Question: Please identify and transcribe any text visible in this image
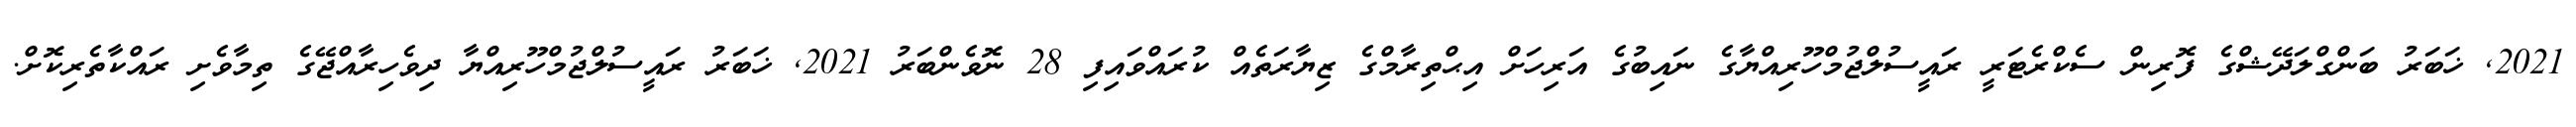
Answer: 2021, ޚަބަރު ބަންގްލަދޭޝްގެ ފޮރިން ސެކްރެޓަރީ ރައީސުލްޖުމްހޫރިއްޔާގެ ނައިބުގެ އަރިހަށް އިޙްތިރާމްގެ ޒިޔާރަތެއް ކުރައްވައިފި 28 ނޮވެންބަރު 2021, ޚަބަރު ރައީސުލްޖުމްހޫރިއްޔާ ދިވެހިރާއްޖޭގެ ތިމާވެށި ރައްކާތެރިކޮށް.